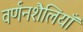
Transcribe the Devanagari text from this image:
वर्णनशैलियाँ